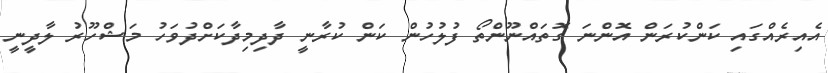
އެއިރެއްގައި ކަންކުރަން އޮންނަ ގޮތައްނޫންތޯ ފުުލުހުން ކަން ކުރާނީ ދާދިމިދާކަށްދުވަހު މަޝްހޫރު ލާދީނީ